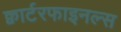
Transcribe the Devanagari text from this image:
क्वार्टरफाइनल्स